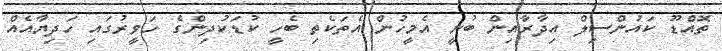
ތޮއްޑޫ ކައުންސިލް އިދާރާއިން ބުނީ އެމީހުން އެތަކެތި ބެހީ ކުޑަކުދިންގެ ހަވީރުގައި ހަދިޔާއެއް